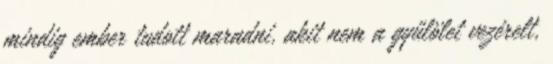
mindig ember tudott maradni, akit nem a gyűlölet vezérelt,